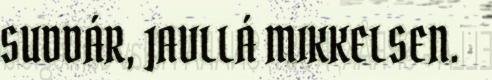
SUDDÁR, JAVLLÁ MIKKELSEN.